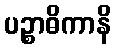
ပဉ္စာဓိကာနိ